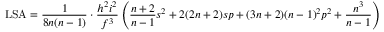
\mathrm { L S A } = { \frac { 1 } { 8 n ( n - 1 ) } } \cdot { \frac { h ^ { 2 } i ^ { 2 } } { f ^ { 3 } } } \left( { \frac { n + 2 } { n - 1 } } s ^ { 2 } + 2 ( 2 n + 2 ) s p + ( 3 n + 2 ) ( n - 1 ) ^ { 2 } p ^ { 2 } + { \frac { n ^ { 3 } } { n - 1 } } \right)